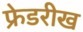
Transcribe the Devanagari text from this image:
फ्रेडरीख